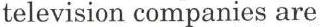
television companies are